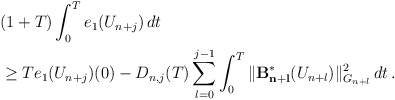
\begin{align*}& (1+T)\int_0^Te_1(U_{n+j})\,dt \\ & \ge Te_1(U_{n+j})(0) - \displaystyle{D_{n,j}(T)\sum_{l=0}^{j-1}\int_0^T \| \mathcal{\mathbf{B^{\ast}_{n+l}}}(U_{n+l}) \|_{G_{n+l}}^2\,dt\,.}\end{align*}